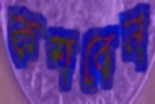
কশবেন